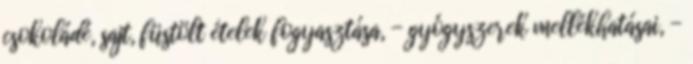
csokoládé, sajt, füstölt ételek fogyasztása, - gyógyszerek mellékhatásai, -